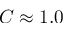
C \approx 1 . 0